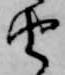
由